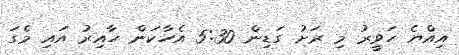
އިއްޔެ ހަވީރު މި ރަށު ގަޑިން 5:30 އެހާކަން ހާއިރު އައި މެގަ